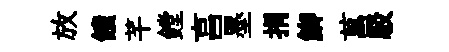
放饋芊鏜亯墨捐鯽菖駁